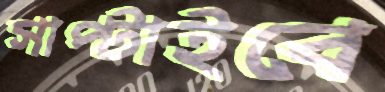
সাপ্‌টাইবে